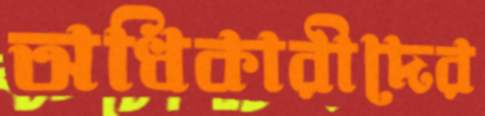
অধিকারীদের